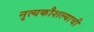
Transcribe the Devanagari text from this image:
नृत्यकौशल्याची